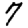
Digit: 7